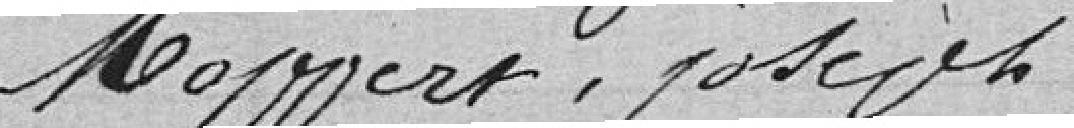
Moppert, Joseph